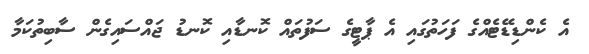
އެ ކެންޑިޑޭޓެއްގެ ފަހަތުގައި އެ ޕާޓީގެ ސަފުތައް ކޮނޑާއި ކޮނޑު ޖައްސައިގެން ސާބިތުކަމާ